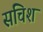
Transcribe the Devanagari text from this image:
सचिश